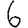
Digit: 6